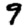
Digit: 9